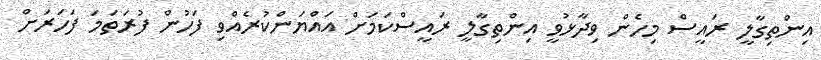
އިންތިގާލީ ރައީސް މިހެން ވިދާޅުވީ އިންތިގާލީ ރައީސްކަމަށް އައްޔަންކުރެއްވި ފަހުން ފުރަތަމަ ފަހަރަށް